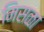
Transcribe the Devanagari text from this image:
मिसळा